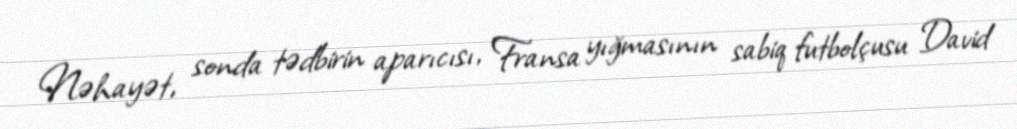
Nəhayət, sonda tədbirin aparıcısı, Fransa yığmasının sabiq futbolçusu David